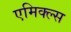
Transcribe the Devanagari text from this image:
एमिक्ल्स